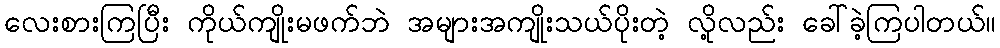
လေးစားကြပြီး ကိုယ်ကျိုးမဖက်ဘဲ အများအကျိုးသယ်ပိုးတဲ့ လို့လည်း ခေါ်ခဲ့ကြပါတယ်။